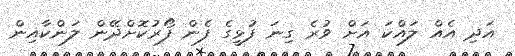
އަދި އެއް ލައްކަ އަށް ވުރެ ގިނަ ފުޅީގެ ފެން ފޯރުކޮށްދޭން ލަންކާއިން